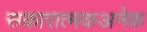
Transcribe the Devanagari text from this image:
सकारात्मकअनेक